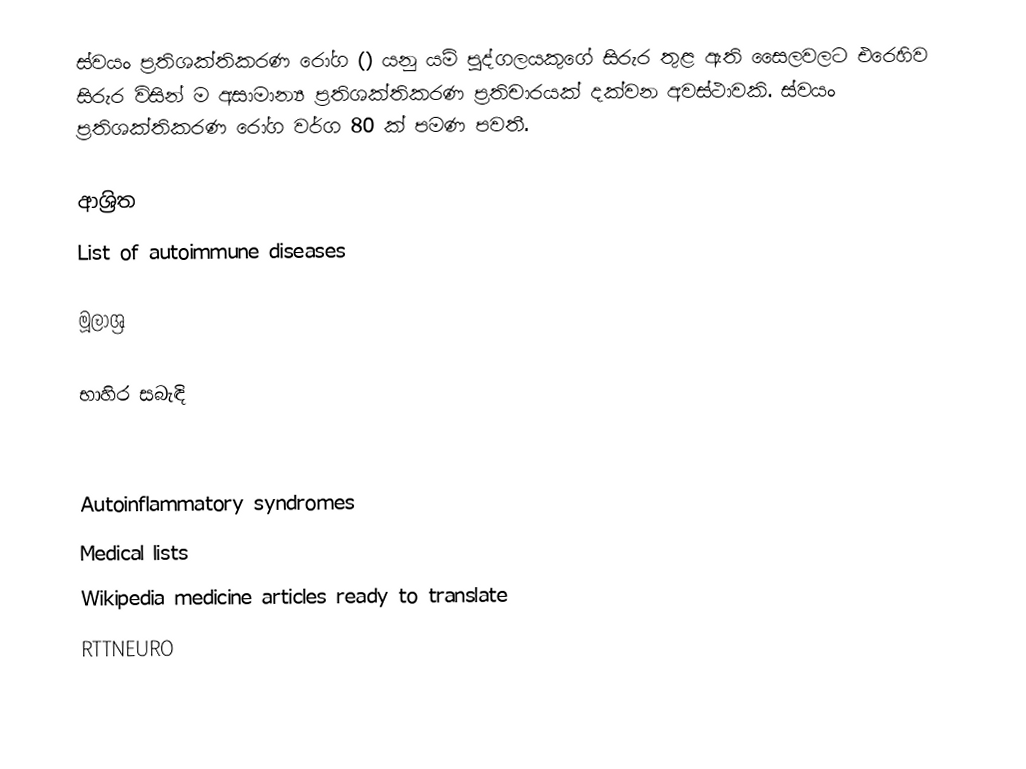
ස්වයං ප්‍රතිශක්තිකරණ රෝග () යනු යම් පුද්ගලයකුගේ සිරුර තුළ ඇති සෛලවලට එරෙහිව සිරුර විසින් ම අසාමාන්‍ය ප්‍රතිශක්තිකරණ ප්‍රතිචාරයක් දක්වන අවස්ථාවකි. ස්වයං ප්‍රතිශක්තිකරණ රෝග වර්ග 80 ක් පමණ පවතී.

ආශ්‍රිත
 List of autoimmune diseases

මූලාශ්‍ර

භාහිර සබැඳි

Autoinflammatory syndromes
Medical lists
Wikipedia medicine articles ready to translate
RTTNEURO